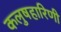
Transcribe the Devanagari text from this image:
कलुषहारिणी